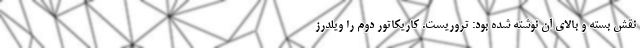
نقش بسته و بالای آن نوشته شده بود: تروریست. کاریکاتور دوم را ویلدرز